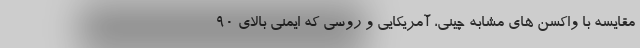
مقایسه با واکسن های مشابه چینی، آمریکایی و روسی که ایمنی بالای 90